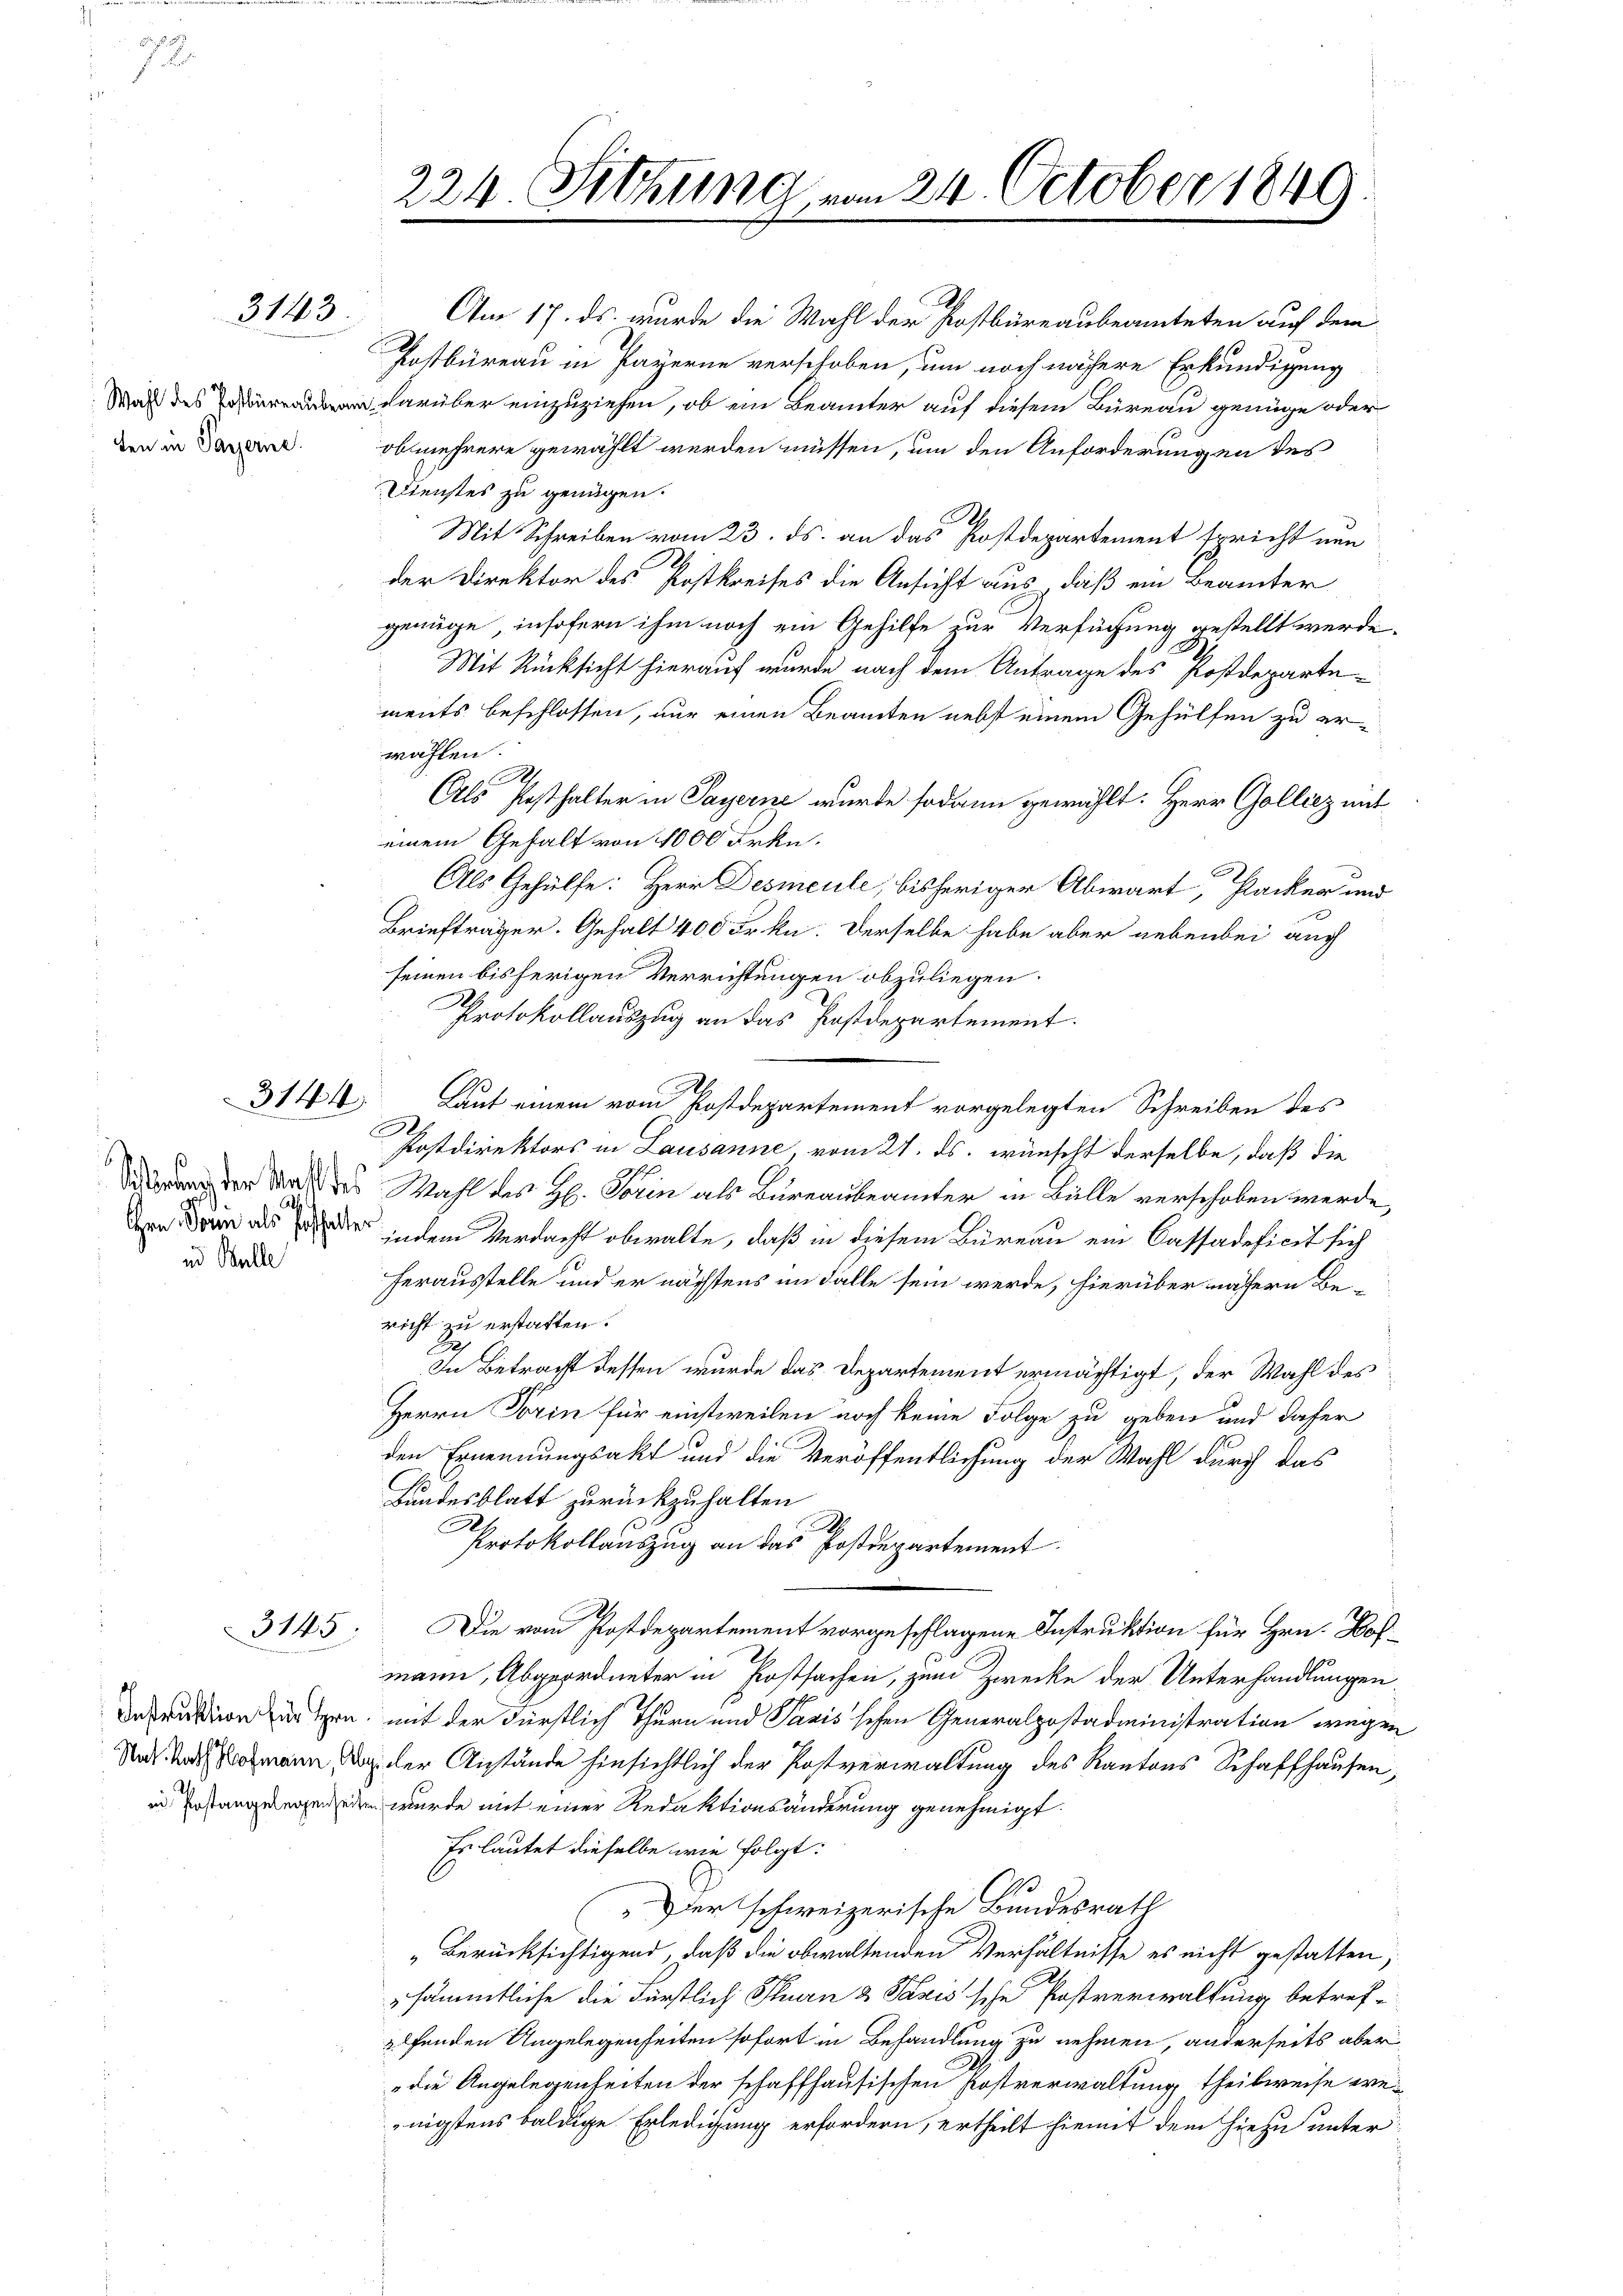
ten in Payerne.

Als
id Balle

3143.

3144

3145.

224. Sitzung vom 24. October 1849

Am 17. ds. wurde die Wahl der Postbüreaubeamteten auf dem
Postbüreau in Payerne verschoben, um noch nähere Erkundigung
Was des darüber einzuziehen, ob ein Beamter auf diesem Büreau genüge oder
obmehrere gewählt werden müssen, um den Anforderungen des
Dienstes zu genügen.
A.
Mit Schreiben vom 23. ds. an das Postdepartement spricht nun
.
der Direktor des Postkreises die Ansicht aus, daß ein Beamter
genüge, insofern ihm noch ein Gehilfe zur Verfügung gestellt werde.
Mit Rücksicht hierauf wurde nach dem Antrage des Postdepartements beschlossen, nur einen Beamten nebst einem Gehülfen zu erwählen.
A.
Als Posthalter in Payerne wurde sodann gewählt. Herr Golliez mit
einem Gehalt von 1000 Frkn.
Als Gehülfe: Herr Desmeule, bisheriger Abwart, Packer und
Briefträger. Gehalt 400 Frkn. Derselbe habe aber nebenbei auch
seinen bisherigen Verrichtungen abzuliegen.
Protokollauszug an das Postdepartement.
Laut einem vom Postdepartement vorgelegten Schreiben des
E
Postdirektors in Lausanne, vom 21. ds. wünscht derselbe, daß die
rung der Was des Wahl des H. Forin als Bureaubeämter in Bülle verschoben werde,
dern Dein als der indem Verdacht obwalte, daß in diesem Büreau ein Cassadeficit sich
herausstelle und er nächstens im Falle sein werde, hierüber nähern Bericht zu erstatten.
2
In Betracht dessen wurde das Departement ermächtigt, der Wahl des
Herrn Torin für einstweilen noch keine Folge zu geben und daher
den Ernennungsakt und die Veröffentlichung der Wahl durch das
Bundesblatt zurückzuhalten
C
.
Protokollauszug an das Postdepartement
Die vom Postdepartement vorgeschlagene Instruktion für Hrn. Hofmann, Abgeordneter in Postsachen, zum Zwecke der Unterhandlungen.
Iedruktion untern, mit der Fürstlich Thurn und Pazis'schen Generalpostadministration wegen
Si dann der Anstände hinsichtlich der Postverwaltung des Kantons Schaffhausen,
in Erstangelegenden wurde mit einer Redaktionsänderung genehmigt.
Es lautet dieselbe wie folgt:
.
„Der schweizerische Bundesrath
„Berücksichtigend, daß die obwaltenden Verhältnisse es nicht gestatten,
sämmtliche die Fürstlich Stern & Paris sche Postverwaltung betrefelfenden Angelegenheiten sofort in Behandlung zu nehmen, anderseits aber
die Angelegenheiten der schaffhausischen Postverwaltung, theilweise weenigstens baldige Erledigung erfordern, ertheilt hiemit dem hiezu unter